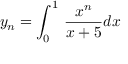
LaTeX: y _ { n } = \int _ { 0 } ^ { 1 } \, { \frac { x ^ { n } } { x + 5 } } d x